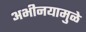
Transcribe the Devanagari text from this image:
अभीनयामुळे